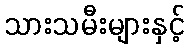
သားသမီးများနှင့်